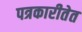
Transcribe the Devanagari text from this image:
पत्रकारीतेत